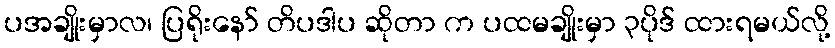
ပအချိုးမှာလ၊ ပြရိုးနော် တိပဒါပ ဆိုတာ က ပထမချိုးမှာ ၃ပိုဒ် ထားရမယ်လို့